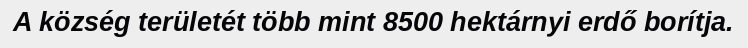
A község területét több mint 8500 hektárnyi erdő borítja.